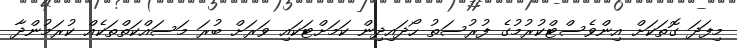
މިފަދަ ގޮތަކަށް އިންވެސްޓްކުރުމުގެ ފުރުސަތު ހޯދައިދިން ކަމަށްޓަކައި ވަރަށް ބުރަ މަސައްކަތްތަކެއް ކުރަމުންދާ